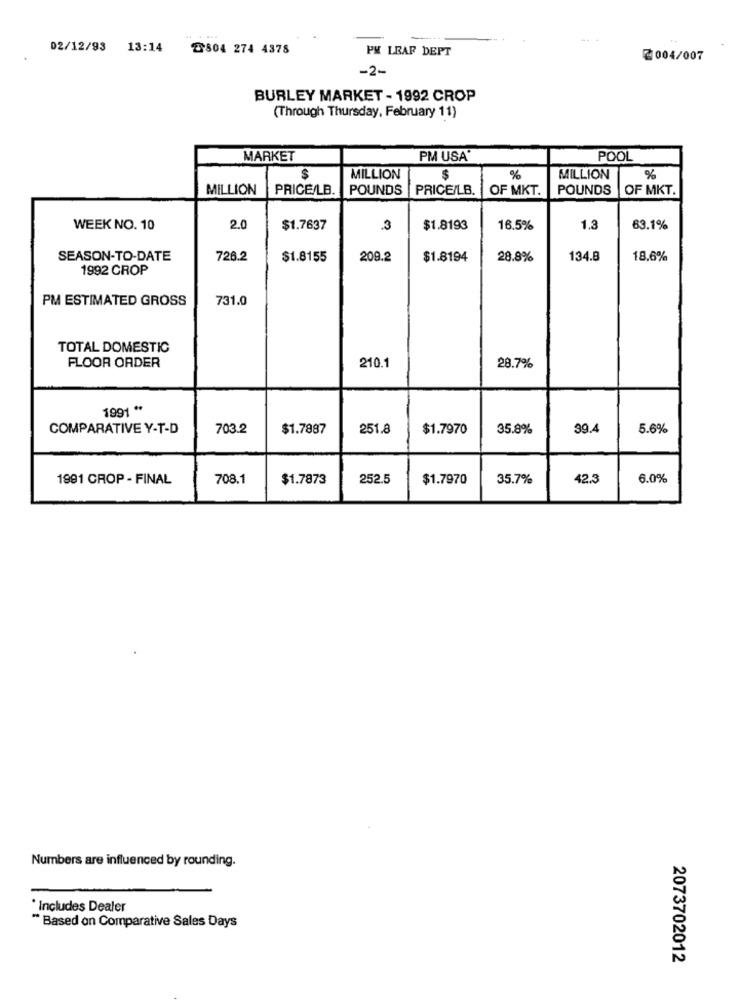
.. .
02/12/93 13:14
804 274 4378
PM LEAF DEPT
2004/007
-2-
BURLEY MARKET - 1992 CROP
(Through Thursday, February 11)
MARKET
PM USA'
POOL
$
MILLION
$
%
MILLION
%
MILLION
PRICE/LB.
POUNDS
PRICE/LB.
OF MKT.
POUNDS
OF MKT.
WEEK NO. 10
2.0
$1.7637
.3
$1.8193
16.5%
1.3
63.1%
SEASON-TO-DATE
726.2
$1.8155
209.2
$1.8194
28.8%
134.8
18.6%
1992 CROP
PM ESTIMATED GROSS
731.0
TOTAL DOMESTIC
FLOOR ORDER
210.1
28.7%
1991 **
COMPARATIVE Y-T-D
703.2
$1.7887
251.8
$1.7970
35.8%
39.4
5.6%
1991 CROP - FINAL
708.1
$1.7873
252.5
$1.7970
35.7%
42.3
6.0%
Numbers are influenced by rounding.
* Includes Dealer
" Based on Comparative Sales Days
2073702012